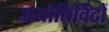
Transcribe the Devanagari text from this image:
जयोतिर्विदों